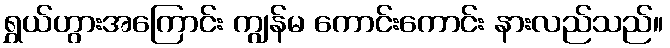
ရွှယ်ဟွားအကြောင်း ကျွန်မ ကောင်းကောင်း နားလည်သည်။